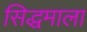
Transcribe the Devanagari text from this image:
सिद्धमाला